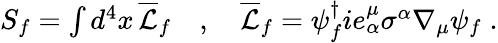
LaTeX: \begin{array}{r}{S_{f}=\int d^{4}x\, \overline{{\mathcal{L}}}_{f}\quad,\quad\overline{{\mathcal{L}}}_{f}=\psi_{f}^{\dagger}ie_{\alpha}^{\mu}\sigma^{\alpha}\nabla_{\mu}\psi_{f}\; .}\end{array}